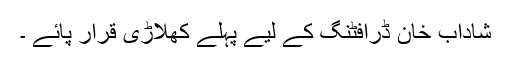
شاداب خان ڈرافٹنگ کے لیے پہلے کھلاڑی قرار پائے ۔